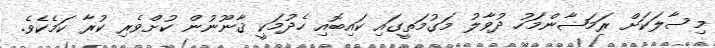
މިސާލަކަށް ރަމަޟާންމަހު ދުވާލު މަގުމަތީގައި ކައިބޮއި ހެދުމަކީ ޤާނޫނުން ކުށްވެރި ކުރާ ކަމެކެވެ.